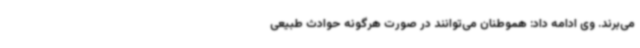
می‌برند. وی ادامه داد: هموطنان می‌توانند در صورت هرگونه حوادث طبیعی